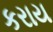
કરાય